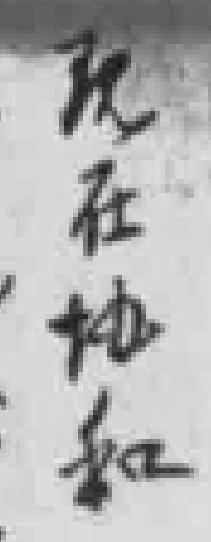
现在协和